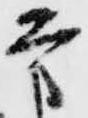
方